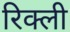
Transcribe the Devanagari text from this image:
रिक्ली